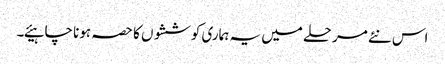
اس نئے مرحلے میں یہ ہماری کوششوں کا حصہ ہونا چاہیئے۔